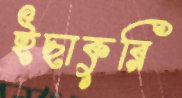
ইছাকুরি